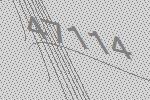
47114